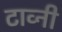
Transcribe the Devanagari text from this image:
टाव्नी